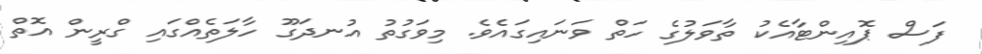
ފަސް ޕޮއިންޓާއެކު ތާވަލުގެ ހަތް ވަނައިގައެވެ. މިވަގުތު އުނދަގޫ ހާލަތެއްގައި ގްރީން އޮތް